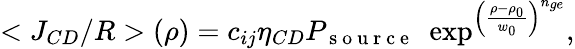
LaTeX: <J_{CD}/R>(\rho)=c_{ij}\eta_{CD}P_{\mathrm{~s~o~u~r~c~e~}}\, \, \exp^{\left(\frac{\rho-\rho_{0}}{w_{0}}\right)^{n_{ge}}},